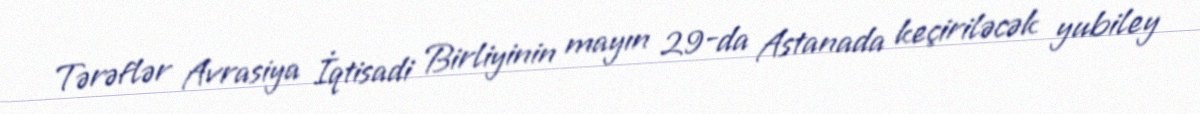
Tərəflər Avrasiya İqtisadi Birliyinin mayın 29-da Astanada keçiriləcək yubiley